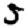
Digit: 5